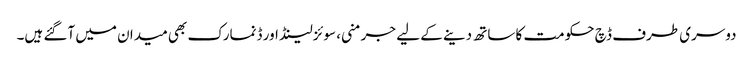
دوسری طرف ڈچ حکومت کا ساتھ دینے کے لیے جرمنی، سوئزلینڈ اور ڈنمارک بھی میدان میں آگئے ہیں۔